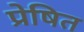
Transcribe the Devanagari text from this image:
प्रेषित